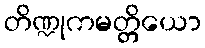
တိဏ္ဍုကမတ္တိယော